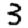
Digit: 3